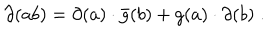
LaTeX: \partial ( a b ) = \partial ( a ) \cdot \bar { g } ( b ) + g ( a ) \cdot \partial ( b ) \; .